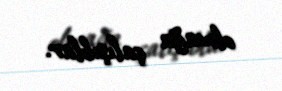
olmağa çalışıblar.